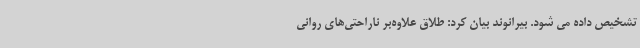
تشخیص داده می ‌شود. بیرانوند بیان کرد: طلاق علاوه‌بر ناراحتی‌های روانی